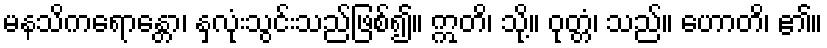
မနသိကရောန္တော၊ နှလုံးသွင်းသည်ဖြစ်၍။ ဣတိ၊ သို့။ ဝုတ္တံ၊ သည်။ ဟောတိ၊ ၏။